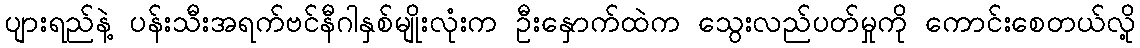
ပျားရည်နဲ့ ပန်းသီးအရက်ဗင်နီဂါနှစ်မျိုးလုံးက ဦးနှောက်ထဲက သွေးလည်ပတ်မှုကို ကောင်းစေတယ်လို့